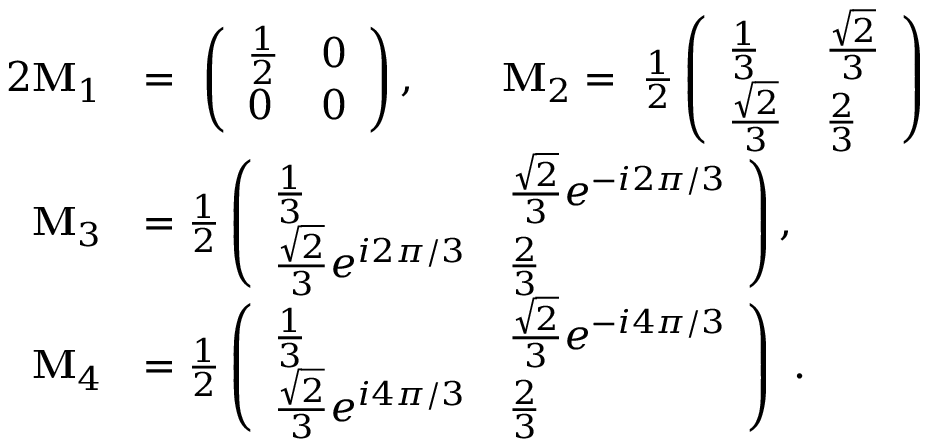
\begin{array} { r l } { { 2 } \mathbf { M } _ { 1 } } & { = ~ \left( \begin{array} { l l } { \frac 1 2 } & { 0 } \\ { 0 } & { 0 } \end{array} \right) , \quad \quad \mathbf { M } _ { 2 } = ~ \frac 1 2 \left( \begin{array} { l l } { \frac 1 3 } & { \frac { \sqrt 2 } { 3 } } \\ { \frac { \sqrt 2 } { 3 } } & { \frac 2 3 } \end{array} \right) } \\ { \mathbf { M } _ { 3 } } & { = \frac 1 2 \left( \begin{array} { l l } { \frac 1 3 } & { \frac { \sqrt 2 } { 3 } e ^ { - i 2 \pi / 3 } } \\ { \frac { \sqrt 2 } { 3 } e ^ { i 2 \pi / 3 } } & { \frac 2 3 } \end{array} \right) , } \\ { \mathbf { M } _ { 4 } } & { = \frac 1 2 \left( \begin{array} { l l } { \frac 1 3 } & { \frac { \sqrt 2 } { 3 } e ^ { - i 4 \pi / 3 } } \\ { \frac { \sqrt 2 } { 3 } e ^ { i 4 \pi / 3 } } & { \frac 2 3 } \end{array} \right) ~ . } \end{array}